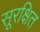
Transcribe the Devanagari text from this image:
सूरक्षित